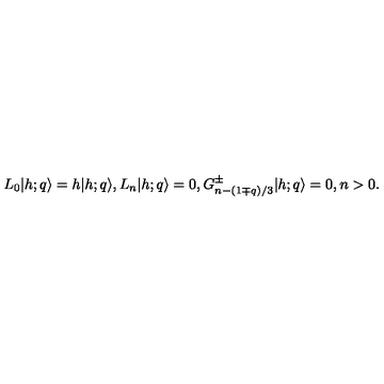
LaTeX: L _ { 0 } \vert { h ; q } \rangle = h \vert { h ; q } \rangle { } , { } { } { } L _ { n } \vert { h ; q } \rangle = 0 { } , { } { } { } G _ { n - ( 1 \mp q ) / 3 } ^ { \pm } \vert { h ; q } \rangle = 0 { } , { } { } { } n > 0 { } .